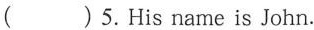
( )5.His name is John.